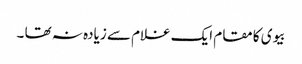
بیوی کا مقام ایک غلام سے زیادہ نہ تھا ۔